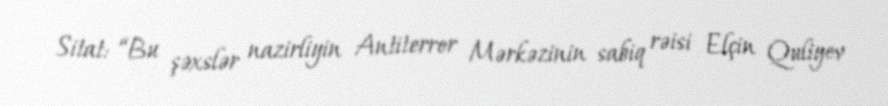
Sitat: “Bu şəxslər nazirliyin Antiterror Mərkəzinin sabiq rəisi Elçin Quliyev